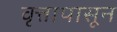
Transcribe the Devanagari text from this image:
वृत्तापासून